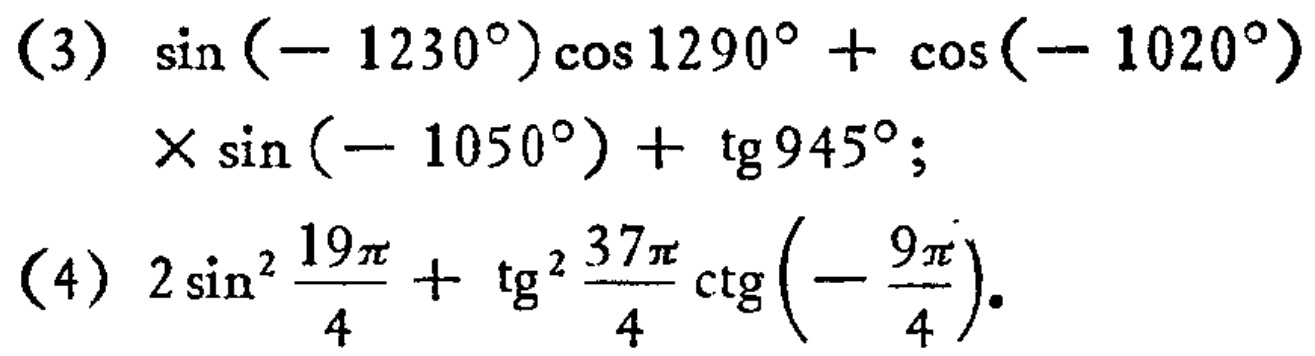
(3) \(\sin(- 1230^{\circ})\cos1290^{\circ}+\cos(- 1020^{\circ})\times\sin(- 1050^{\circ})+\tg945^{\circ}\);
(4) \(2\sin^{2}\frac{19\pi}{4}+\tg^{2}\frac{37\pi}{4}\ctg(-\frac{9\pi}{4})\).